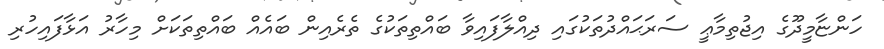
ހަންޏާމީދޫގެ އިޖުތިމާޢީ ސަރަޙައްދުތަކުގައި ދިއްލާފައިވާ ބައްތިތަކުގެ ތެރެއިން ބައެއް ބައްތިތަކަށް މިހާރު އަޅާފައިހުރި